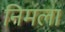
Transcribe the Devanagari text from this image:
निमला